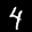
Label: 4